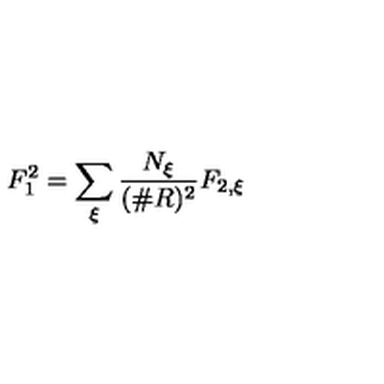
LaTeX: F _ { 1 } ^ { 2 } = \sum _ { \xi } \frac { N _ { \xi } } { ( \# R ) ^ { 2 } } F _ { 2 , \xi }